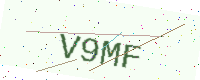
Text: V9MF